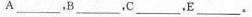
A___，B___，C___，E___。